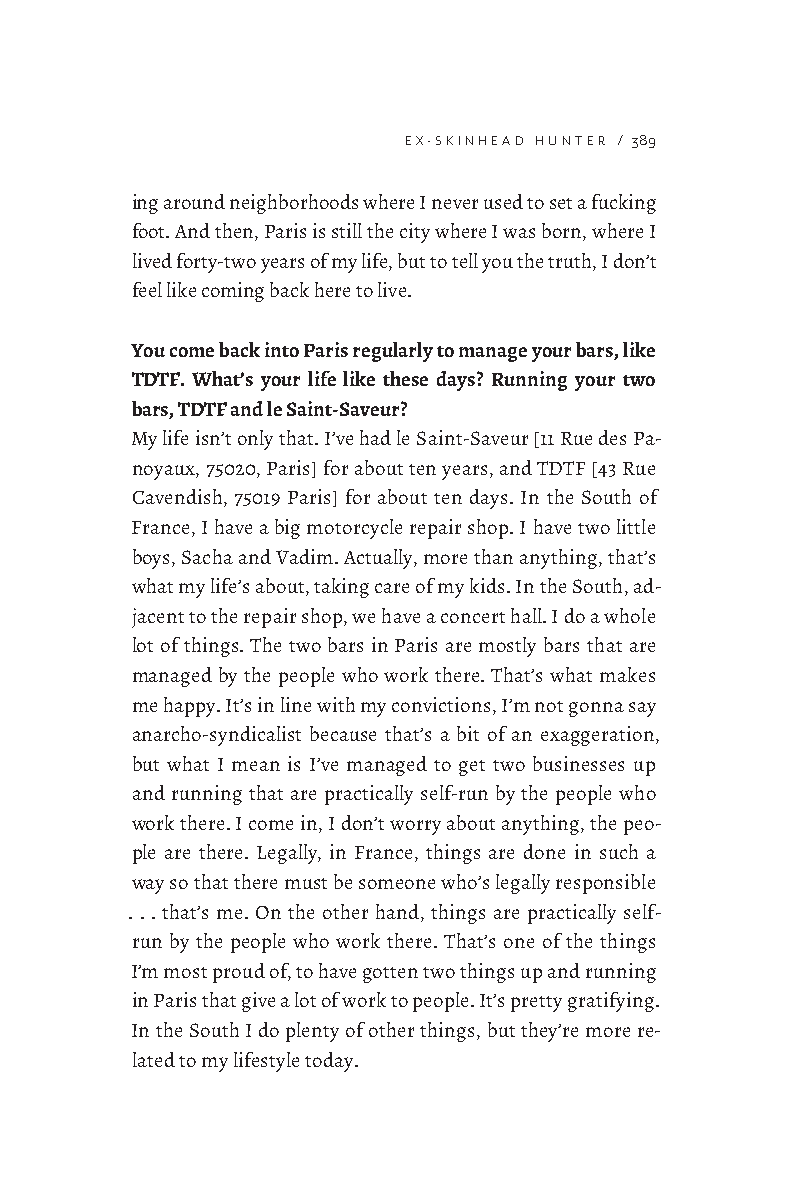
EX-SKINHEAD HUNTER / 389
 ing around neighborhoods where I never used to set a fucking
 foot. And then, Paris is still the city where I was born, where I
 lived forty-two years of my life, but to tell you the truth, I don’t
 feel like coming back here to live.
 You come back into Paris regularly to manage your bars, like
 TDTF. What’s your life like these days? Running your two
 bars, TDTF and le Saint-Saveur?
 My life isn’t only that. I’ve had le Saint-Saveur [11 Rue des Pa-
 noyaux, 75020, Paris] for about ten years, and TDTF [43 Rue
 Cavendish, 75019 Paris] for about ten days. In the South of
 France, I have a big motorcycle repair shop. I have two little
 boys, Sacha and Vadim. Actually, more than anything, that’s
 what my life’s about, taking care of my kids. In the South, ad-
 jacent to the repair shop, we have a concert hall. I do a whole
 lot of things. The two bars in Paris are mostly bars that are
 managed by the people who work there. That’s what makes
 me happy. It’s in line with my convictions, I’m not gonna say
 anarcho-syndicalist because that’s a bit of an exaggeration,
 but what I mean is I’ve managed to get two businesses up
 and running that are practically self-run by the people who
 work there. I come in, I don’t worry about anything, the peo-
 ple are there. Legally, in France, things are done in such a
 way so that there must be someone who’s legally responsible
 . . . that’s me. On the other hand, things are practically self-
 run by the people who work there. That’s one of the things
 I’m most proud of, to have gotten two things up and running
 in Paris that give a lot of work to people. It’s pretty gratifying.
 In the South I do plenty of other things, but they’re more re-
 lated to my lifestyle today.